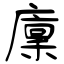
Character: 廩